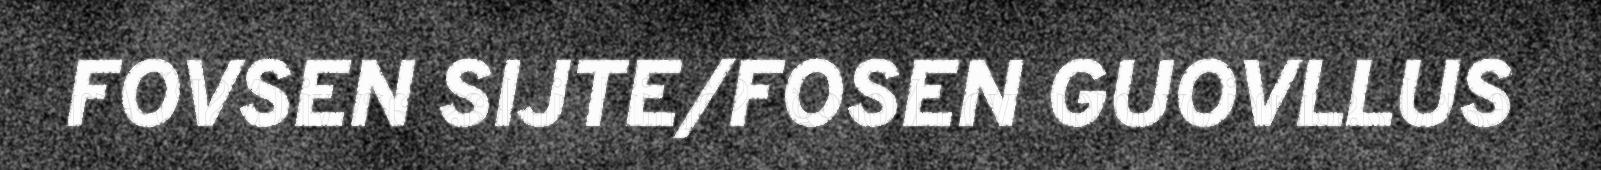
FOVSEN SIJTE/FOSEN GUOVLLUS